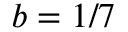
b = 1 / 7